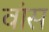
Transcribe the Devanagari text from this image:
वांस